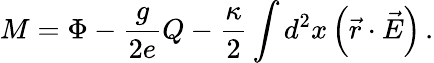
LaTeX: M=\Phi-{\frac{g}{2e}}Q-{\frac{\kappa}{2}}\int d^{2}x\left(\vec{r}\cdot\vec{E}\right)\, .